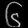
Digit: ၆